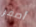
أصفر